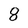
Character: 8